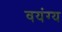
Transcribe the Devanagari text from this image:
वयंग्य